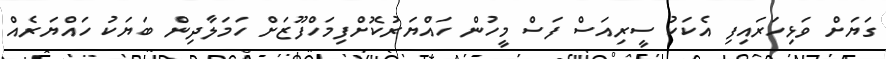
ގަޔަށް ވަޅިހަރައިފި އެކަކު ސީރިއަސް ފަސް މީހުން ހައްޔަރުކޮށްފިމަހްފޫޒަށް ހަމަލާދިން ބަޔަކު ހައްޔަރެއް